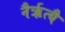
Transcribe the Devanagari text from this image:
नैर्ऋत्यै